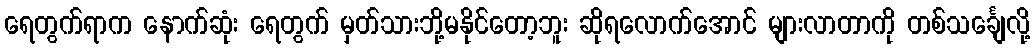
ရေတွက်ရာက နောက်ဆုံး ရေတွက် မှတ်သားဘို့မနိုင်တော့ဘူး ဆိုရလောက်အောင် များလာတာကို တစ်သင်္ချေလို့